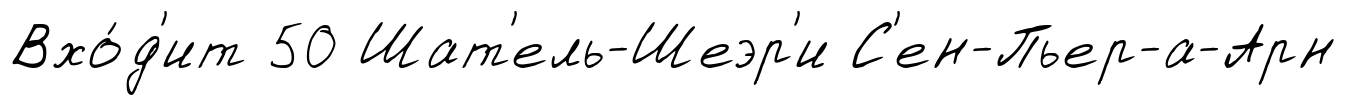
Вхо́д'ит 50 Шат'ель-Шеэр'и С'ен-Пьер-а-Арн